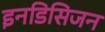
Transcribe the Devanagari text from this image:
इनडिसिजन